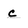
Character: c